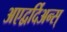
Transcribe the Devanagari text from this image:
अएद्वर्दिअन्स्